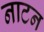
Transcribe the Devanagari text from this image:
नाटन